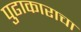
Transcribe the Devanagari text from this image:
पुढाकाराचा